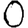
Digit: 0